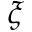
\xi